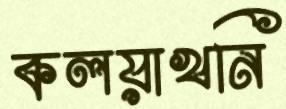
কলয়াখনি